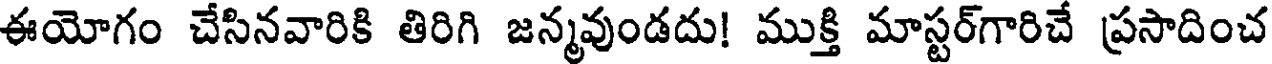
ఈయోగం చేసినవారికి తిరిగి జన్మవుండదు! ముక్తి మాస్టర్గారిచే ప్రసాదించ